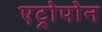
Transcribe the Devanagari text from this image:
एट्रोपोन